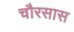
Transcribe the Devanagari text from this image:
चौरसास